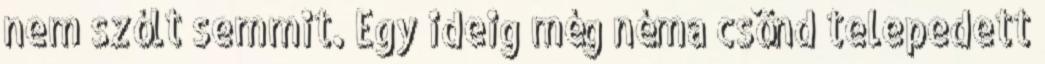
nem szólt semmit. Egy ideig még néma csönd telepedett